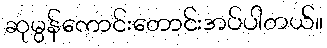
ဆုမွန်ကောင်းတောင်းအပ်ပါတယ်။